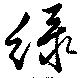
綠